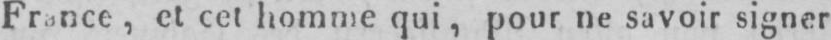
France, et cet homme qui, pour ne savoir signer